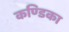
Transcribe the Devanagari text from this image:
कण्‍डिका